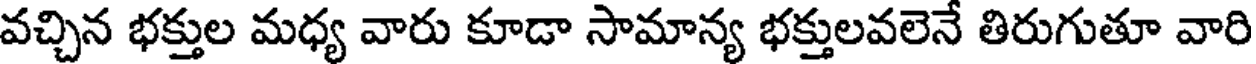
వచ్చిన భక్తుల మధ్య వారు కూడా సామాన్య భక్తులవలెనే తిరుగుతూ వారి